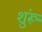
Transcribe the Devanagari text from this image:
शुंरू